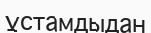
ұстамдыдан